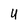
Character: U